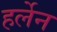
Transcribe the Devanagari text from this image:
हर्लेन